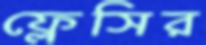
ফ্লেসির